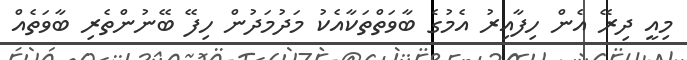
މިއީ ދިރޭ އެން ހިފާއިރު އެމުގެ ބާވަތްތަކާއެކު މަދުމަދުން ހިފޭ ބޭނުންތެރި ބާވަތެއް